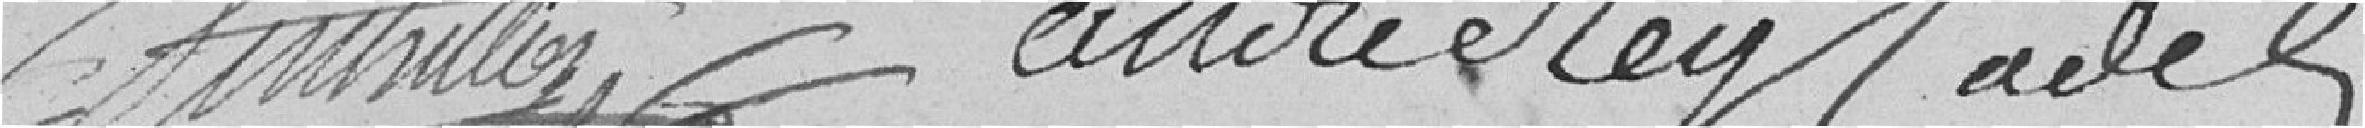
Ventrillon